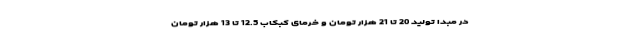
در مبدا تولید 20 تا 21 هزار تومان و خرمای کبکاب 12.5 تا 13 هزار تومان